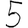
Digit: 5